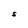
Character: S